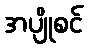
အပျိုစင်